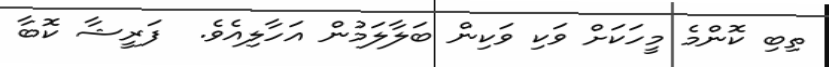
ތިބި ކޮންމެ މީހަކަށް ވަކި ވަކިން ބަލާލަމުން އަހާލިއެވެ.  ފަރީޝާ ކޮބާ